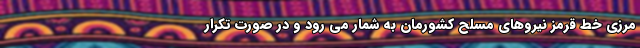
مرزی خط قرمز نیروهای مسلح کشورمان به شمار می رود و در صورت تکرار